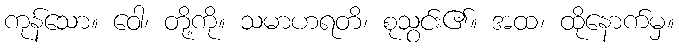
ကုန်သော။ ဝေါ၊ တို့ကို။ သမာဟရတိ၊ စုသွင်း၏။ အထ၊ ထိုနောက်မှ။